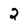
Character: 2